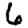
Digit: 6